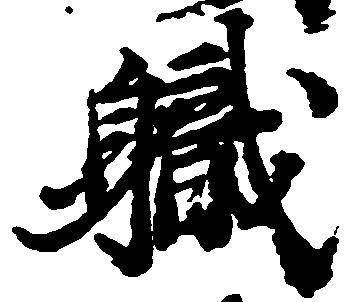
職